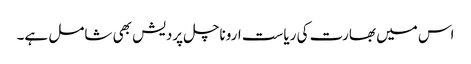
اس میں بھارت کی ریاست اروناچل پردیش بھی شامل ہے۔